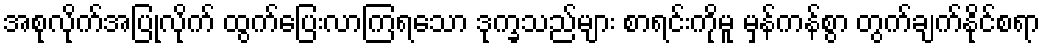
အစုလိုက်အပြုံလိုက် ထွက်ပြေးလာကြရသော ဒုက္ခသည်များ စာရင်းကိုမူ မှန်ကန်စွာ တွက်ချက်နိုင်စရာ